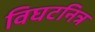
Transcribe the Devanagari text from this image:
विघटनित्र